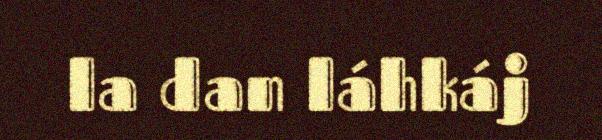
la dan láhkáj